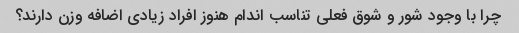
چرا با وجود شور و شوق فعلی تناسب اندام هنوز افراد زیادی اضافه وزن دارند؟